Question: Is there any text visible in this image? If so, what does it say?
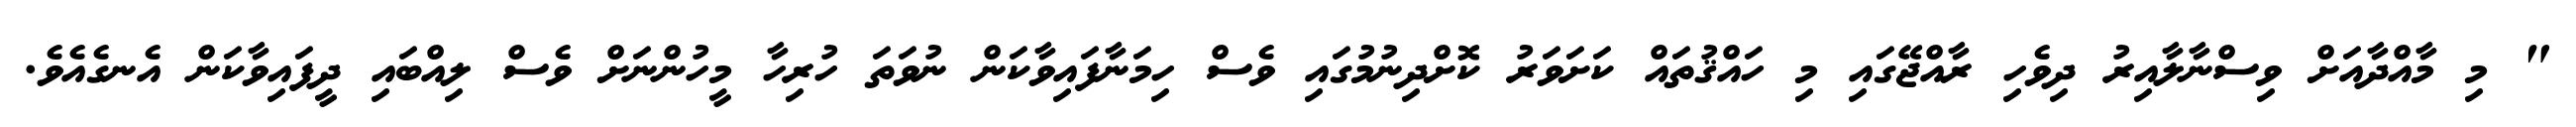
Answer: " މި މާއްދާއަށް ވިސްނާލާއިރު ދިވެހި ރާއްޖޭގައި މި ހައްޤުތައް ކަށަވަރު ކޮށްދިނުމުގައި ވެސް ހިމަނާފައިވާކަން ނުވަތަ ހުރިހާ މީހުންނަށް ވެސް ލިއްބައި ދީފައިވާކަން އެނގެއެވެ.